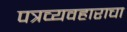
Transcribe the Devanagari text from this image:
पत्रव्यवहाराचा